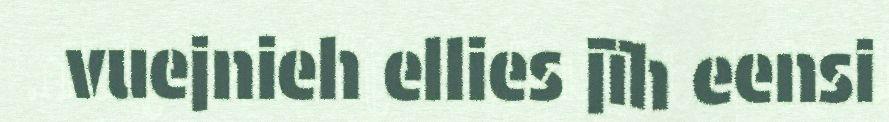
vuejnieh ellies jïh eensi